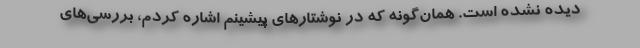
دیده نشده است. همان‌گونه که در نوشتارهای پیشینم اشاره کردم، بررسی‌های